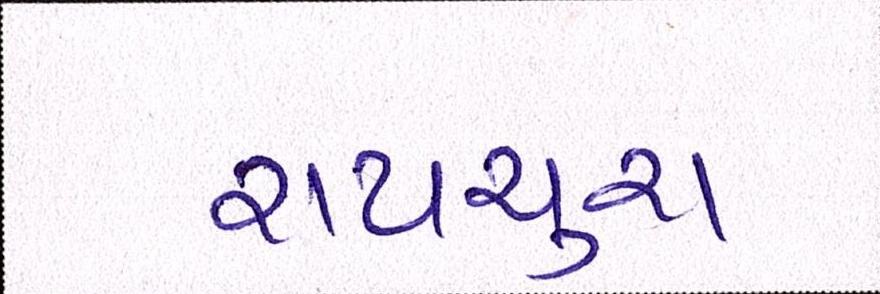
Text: રાયચુરા